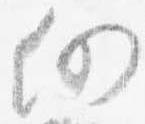
仍